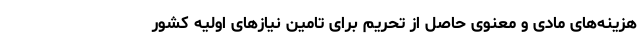
هزینه‌های مادی و معنوی حاصل از تحریم برای تامین نیاز‌های اولیه کشور